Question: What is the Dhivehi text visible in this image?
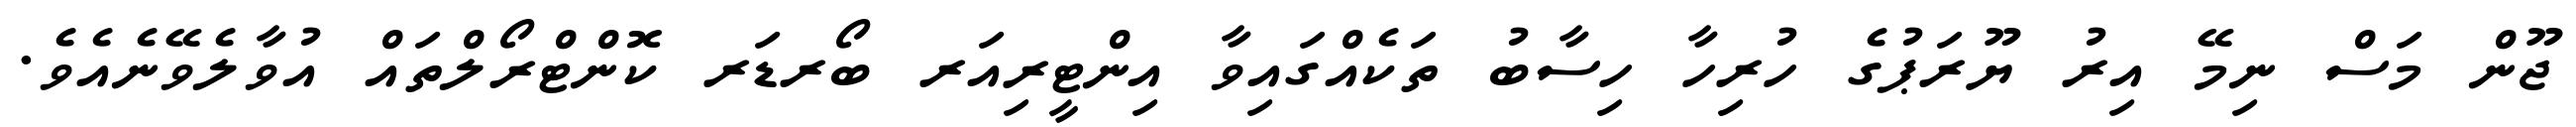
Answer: ޖޫން މަސް ނިމޭ އިރު ޔޫރަޕުގެ ހުރިހާ ހިސާބު ތަކެއްގައިވާ އިންޓީރިއަރ ބޯރޑަރ ކޮންޓްރޯލްތައް އުވާލެވޭނެއެވެ.